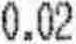
0.02